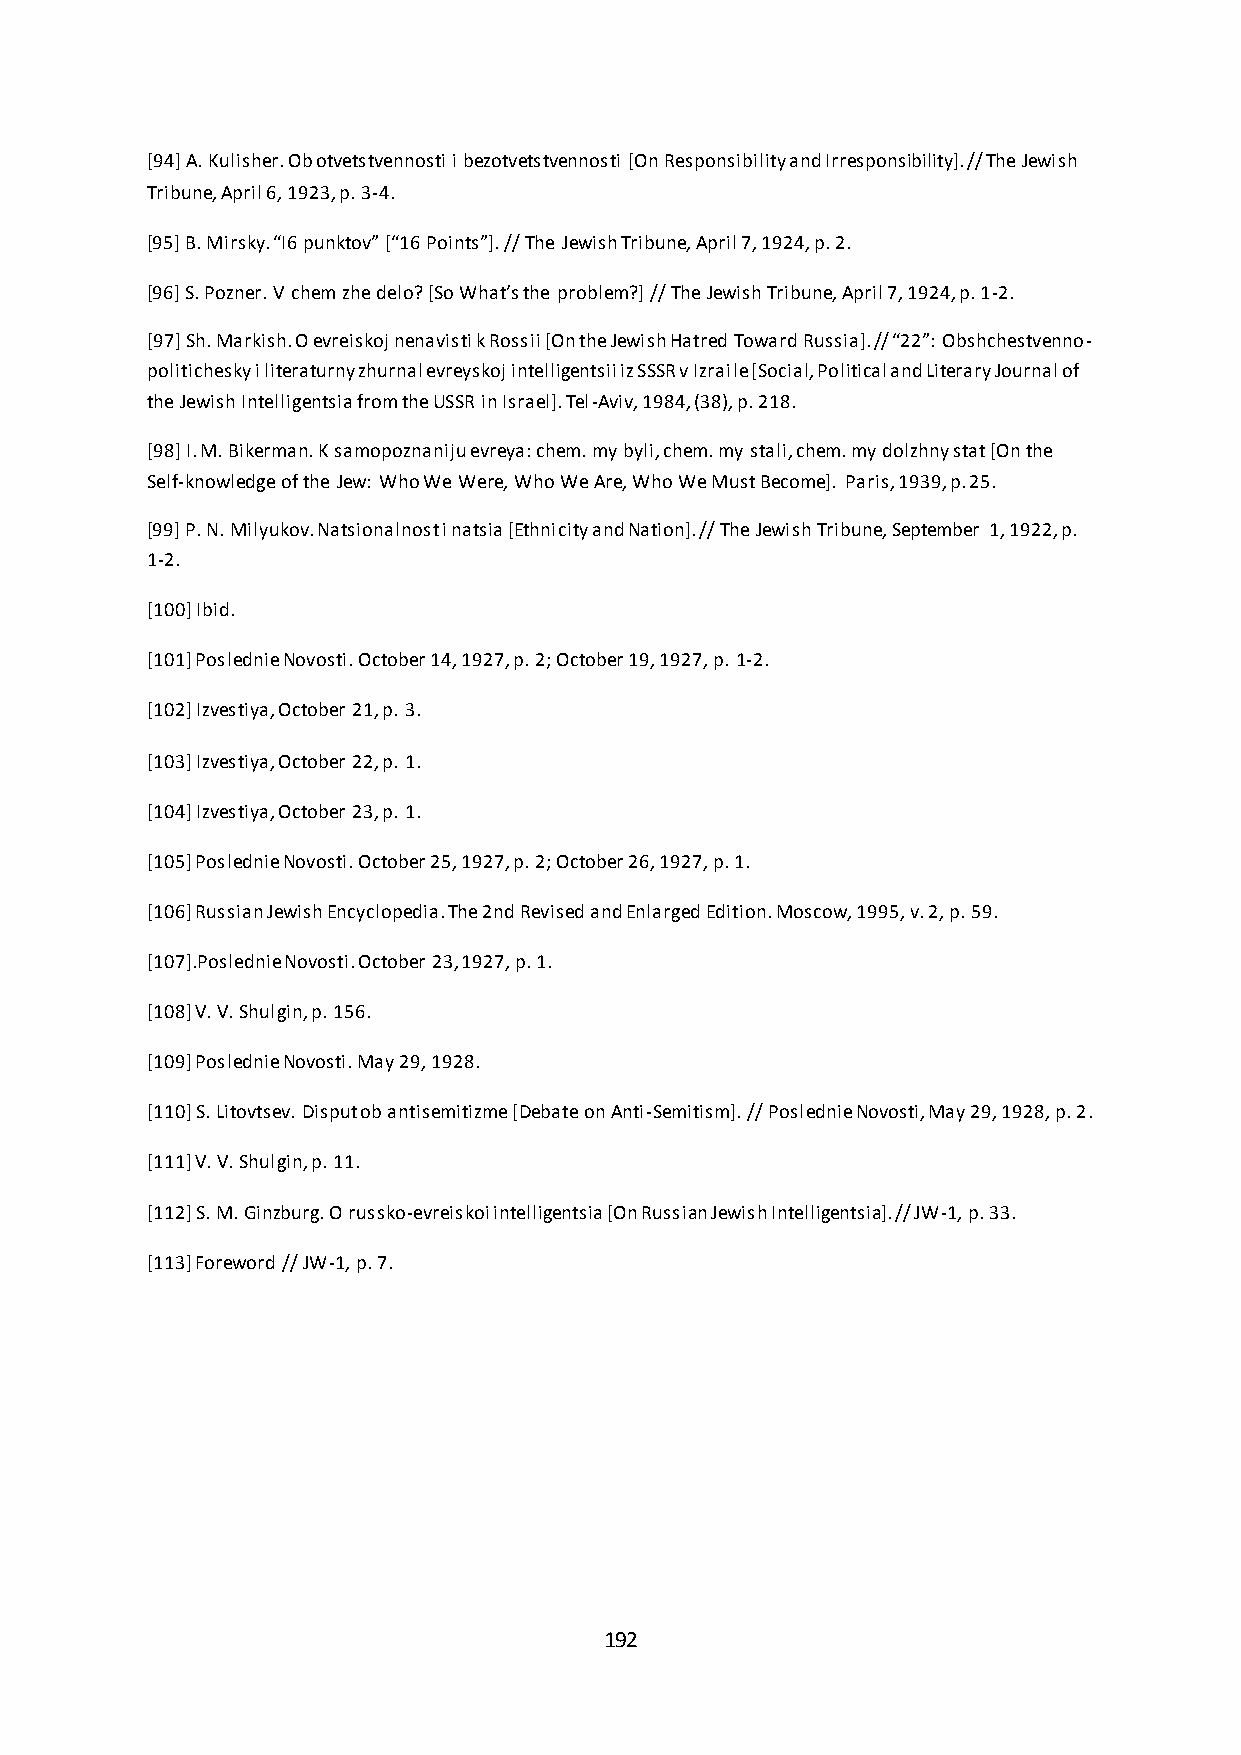
[94] A. Kulisher. Ob otvetstvennosti i bezotvetstvennosti [On Responsibility and Irresponsibility]. // The Jewish
 Tribune, April 6, 1923, p. 3-4.
 *95+ B. Mirsky. “I6 punktov” *“16 Points”+. // The Jewish Tribune, April 7, 1924, p. 2.
 *96+ S. Pozner. V chem zhe delo? *So What’s the problem?] // The Jewish Tribune, April 7, 1924, p. 1-2.
 *97+ Sh. Markish. O evreiskoj nenavisti k Rossii *On the Jewish Hatred Toward Russia+. // “22”: Obshchestvenno-
 politichesky i literaturny zhurnal evreyskoj intelligentsii iz SSSR v Izraile [Social, Political and Literary Journal of
 the Jewish Intelligentsia from the USSR in Israel]. Tel-Aviv, 1984, (38), p. 218.
 [98] I. M. Bikerman. K samopoznaniju evreya: chem. my byli, chem. my stali, chem. my dolzhny stat [On the
 Self-knowledge of the Jew: Who We Were, Who We Are, Who We Must Become]. Paris, 1939, p. 25.
 [99] P. N. Milyukov. Natsionalnost i natsia [Ethnicity and Nation]. // The Jewish Tribune, September 1, 1922, p.
 1-2.
 [100] Ibid.
 [101] Poslednie Novosti. October 14, 1927, p. 2; October 19, 1927, p. 1-2.
 [102] Izvestiya, October 21, p. 3.
 [103] Izvestiya, October 22, p. 1.
 [104] Izvestiya, October 23, p. 1.
 [105] Poslednie Novosti. October 25, 1927, p. 2; October 26, 1927, p. 1.
 [106] Russian Jewish Encyclopedia. The 2nd Revised and Enlarged Edition. Moscow, 1995, v. 2, p. 59.
 [107].Poslednie Novosti. October 23, 1927, p. 1.
 [108] V. V. Shulgin, p. 156.
 [109] Poslednie Novosti. May 29, 1928.
 [110] S. Litovtsev. Disput ob antisemitizme [Debate on Anti-Semitism]. // Poslednie Novosti, May 29, 1928, p. 2.
 [111] V. V. Shulgin, p. 11.
 [112] S. M. Ginzburg. O russko-evreiskoi intelligentsia [On Russian Jewish Intelligentsia]. // JW-1, p. 33.
 [113] Foreword // JW-1, p. 7.
 192